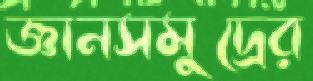
জ্ঞানসমুদ্রের